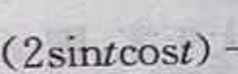
$(2\sin t\cos t)-$